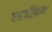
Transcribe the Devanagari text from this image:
एडाल्फ़िन